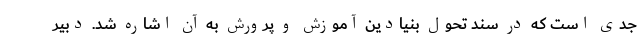
جدی است که در سند تحول بنیادین آموزش و پرورش به آن اشاره شد. دبیر